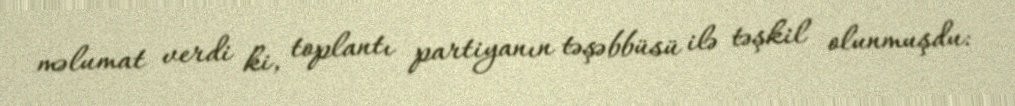
məlumat verdi ki, toplantı partiyanın təşəbbüsü ilə təşkil olunmuşdu: